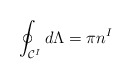
\begin{align*}\oint_{{\cal C}^{I}}d\Lambda = \pi n^{I}\end{align*}